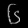
Digit: ၆